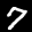
Label: 7